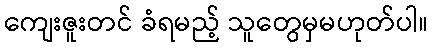
ကျေးဇူးတင် ခံရမည့် သူတွေမှမဟုတ်ပါ။